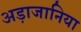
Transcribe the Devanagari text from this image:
अड़ाजानिया